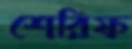
শেরিফ